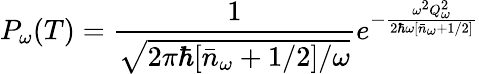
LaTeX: P_{\omega}(T)=\frac{1}{\sqrt{2\pi\hbar[\bar{n}_{\omega}+1/2]/\omega}}e^{-\frac{\omega^{2}Q_{\omega}^{2}}{2\hbar\omega[\bar{n}_{\omega}+1/2]}}